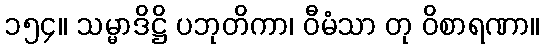
၁၅၄။ သမ္မာဒိဋ္ဌိ ပဘုတိကာ၊ ဝီမံသာ တု ဝိစာရဏာ။